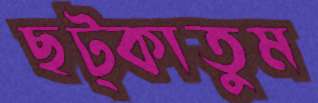
ছট্‌কাতুম